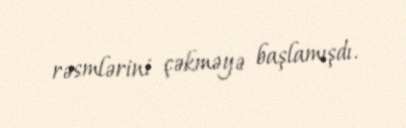
rəsmlərini çəkməyə başlamışdı.